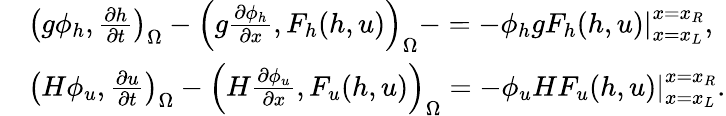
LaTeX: \begin{array}{rl}&{\left(g\phi_{h},\frac{\partial h}{\partial t}\right)_{\Omega}-\left(g\frac{\partial\phi_{h}}{\partial x},F_{h}(h,u)\right)_{\Omega}-=-\left.\phi_{h}gF_{h}(h,u)\right|_{x=x_{L}}^{x=x_{R}},}\\ &{\left(H\phi_{u},\frac{\partial u}{\partial t}\right)_{\Omega}-\left(H\frac{\partial\phi_{u}}{\partial x},F_{u}(h,u)\right)_{\Omega}=-\left.\phi_{u}HF_{u}(h,u)\right|_{x=x_{L}}^{x=x_{R}}.}\end{array}